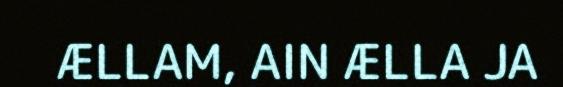
ÆLLAM, AIN ÆLLA JA